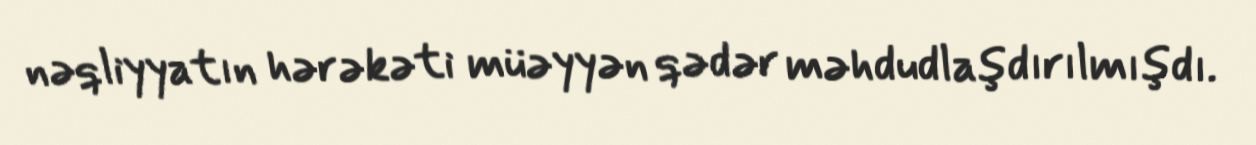
nəqliyyatın hərəkəti müəyyən qədər məhdudlaşdırılmışdı.